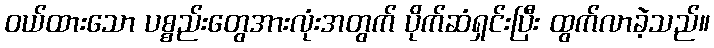
ဝယ်ထားသော ပစ္စည်းတွေအားလုံးအတွက် ပိုက်ဆံရှင်းပြီး ထွက်လာခဲ့သည်။